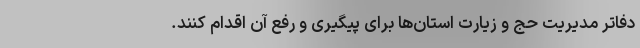
دفاتر مدیریت حج و زیارت استان‌ها برای پیگیری و رفع آن اقدام کنند.